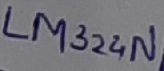
Text: LM324N